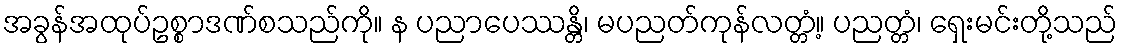
အခွန်အထုပ်ဥစ္စာဒဏ်စသည်ကို။ န ပညာပေဿန္တိ၊ မပညတ်ကုန်လတ္တံ့။ ပညတ္တံ၊ ရှေးမင်းတို့သည်